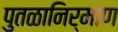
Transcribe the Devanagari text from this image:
पुतळानिर्माण